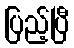
ပြည့်ပြီ